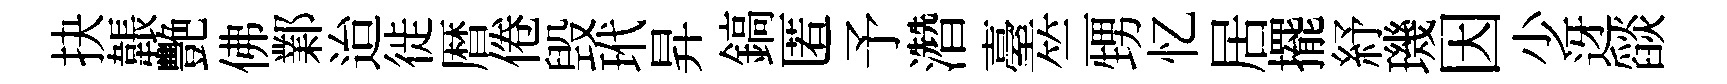
抉韔艷佛鄴迨徙暦倦毁玳昇鎬匿予濳臺竺甥忆居擺紓璣因少迓𦦨